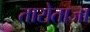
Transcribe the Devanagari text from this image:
तारोताजा